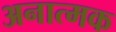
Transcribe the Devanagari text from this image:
अनात्मक